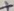
Text: +